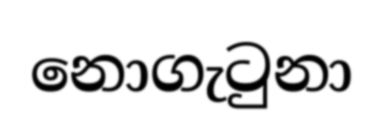
නොගැටුනා